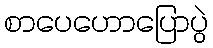
စာပေဟောပြောပွဲ